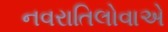
નવરાતિલોવાએ